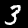
Label: 3